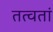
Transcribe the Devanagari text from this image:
तत्वतां